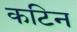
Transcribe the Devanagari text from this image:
कटिन